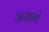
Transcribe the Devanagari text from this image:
असानो